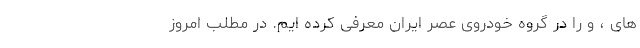
های ، و را در گروه خودروی عصر ایران معرفی کرده ایم. در مطلب امروز